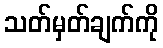
သတ်မှတ်ချက်ကို